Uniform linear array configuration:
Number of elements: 32
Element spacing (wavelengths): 1
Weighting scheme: uniform
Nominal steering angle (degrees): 15
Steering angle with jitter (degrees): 16.661
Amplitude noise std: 0.05
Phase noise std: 0.05

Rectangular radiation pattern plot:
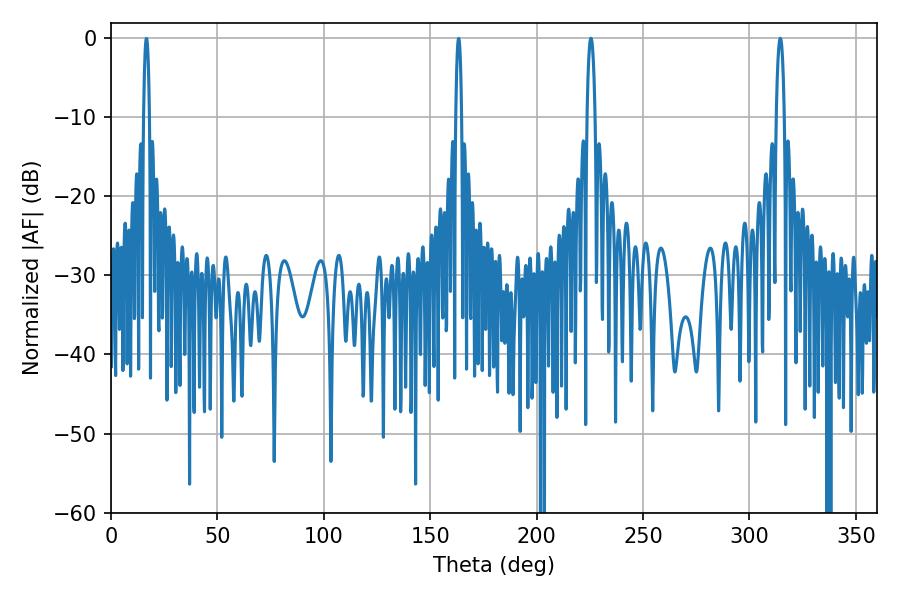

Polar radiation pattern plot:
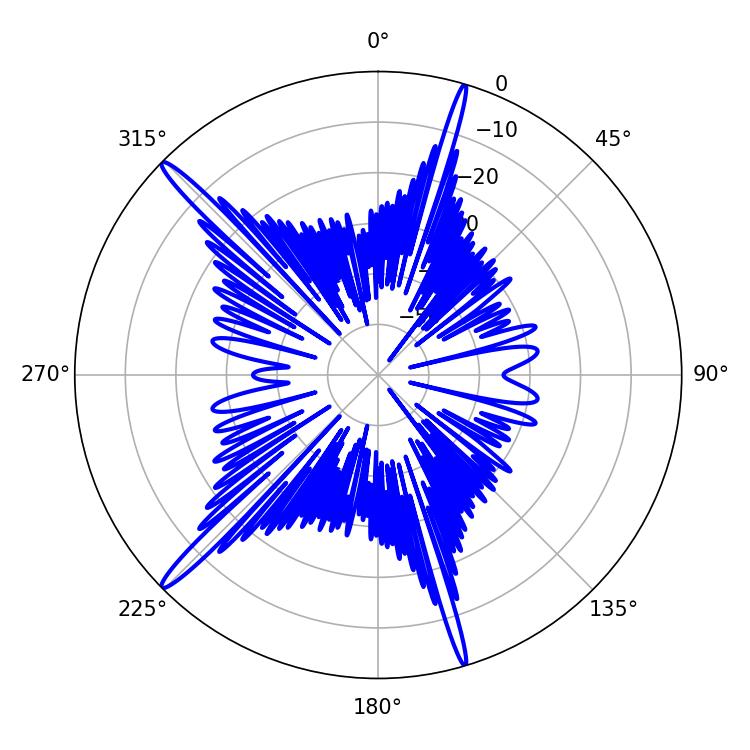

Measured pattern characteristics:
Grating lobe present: TRUE
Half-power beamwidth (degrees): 2.16
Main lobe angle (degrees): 314.46